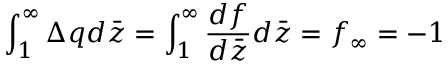
\int _ { 1 } ^ { \infty } \Delta q d \bar { z } = \int _ { 1 } ^ { \infty } \frac { d f } { d \bar { z } } d \bar { z } = f _ { \infty } = - 1